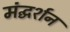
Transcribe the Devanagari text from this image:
मंद्घर्शन